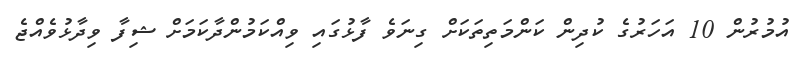
އުމުރުން 10 އަހަރުގެ ކުދިން ކަންމަތިތަކަށް ގިނަވެ ފާޅުގައި ވިއްކަމުންދާކަމަށް ޝިފާ ވިދާޅުވެއްޖެ